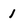
Character: 1